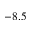
- 8 . 5